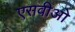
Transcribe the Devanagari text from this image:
एसवीओ